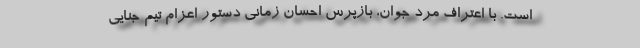
است. با اعتراف مرد جوان، بازپرس احسان زمانی دستور اعزام تیم جنایی